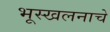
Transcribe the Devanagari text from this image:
भूस्खलनाचे